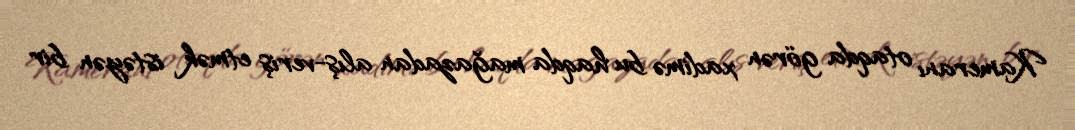
Kameranı otaqda görən xadimə bu haqda mağazadan alış-veriş etmək istəyən bir